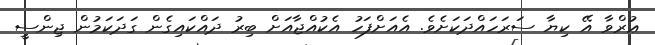
ޢުރްވާ އޭ ކިޔާ ސަރަހައްދަކަށެވެ. އެއަށްފަހު އެކުއްޖާއަށް ބިރު ދައްކައިގެން ގަދަކަމުން ޖިންސީ